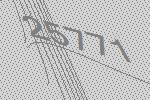
25771